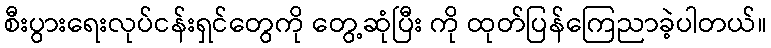
စီးပွားရေးလုပ်ငန်းရှင်တွေကို တွေ့ဆုံပြီး ကို ထုတ်ပြန်ကြေညာခဲ့ပါတယ်။